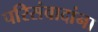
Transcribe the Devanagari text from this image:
परिसंवादांना